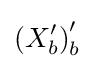
\left(X_{b}^{\prime }\right)_{b}^{\prime }